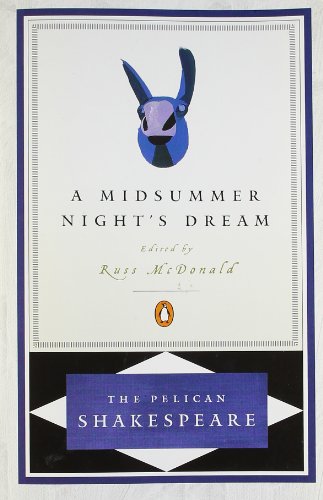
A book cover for A Midsummer Night's Dream (The Pelican Shakespeare); William Shakespeare; Literature & Fiction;